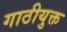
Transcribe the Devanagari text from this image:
गाठीयुक्त